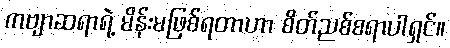
ကဗျာဆရာရဲ့ မိန်းမဖြစ်ရတာဟာ စိတ်ညစ်စရာပါရှင်။